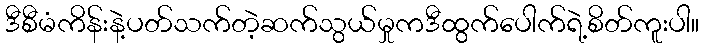
ဒီစီမံကိန်းနဲ့ပတ်သက်တဲ့ဆက်သွယ်မှုကဒီထွက်ပေါက်ရဲ့စိတ်ကူးပါ။